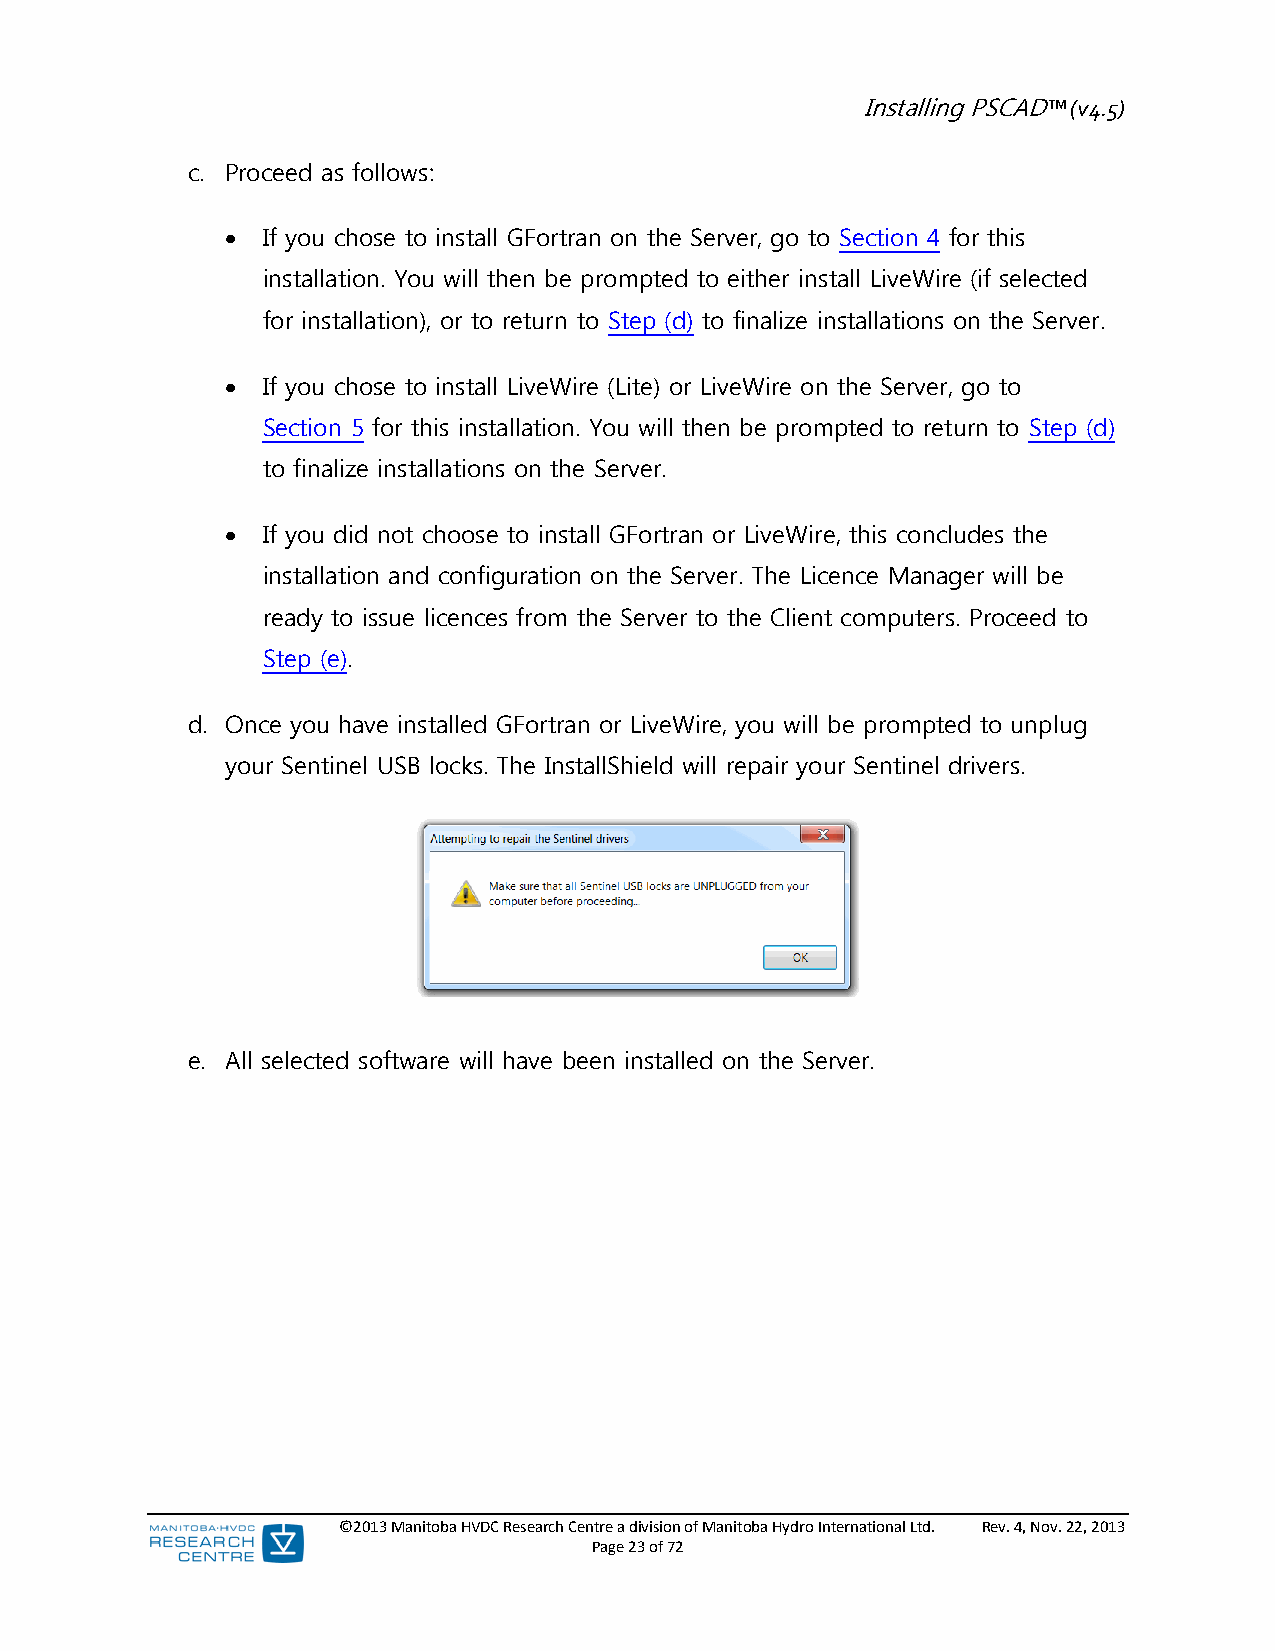
Installing PSCAD™ (v4.5)
 c. Proceed as follows:
  If you chose to install GFortran on the Server, go to Section 4 for this
 installation. You will then be prompted to either install LiveWire (if selected
 for installation), or to return to Step (d) to finalize installations on the Server.
  If you chose to install LiveWire (Lite) or LiveWire on the Server, go to
 Section 5 for this installation. You will then be prompted to return to Step (d)
 to finalize installations on the Server.
  If you did not choose to install GFortran or LiveWire, this concludes the
 installation and configuration on the Server. The Licence Manager will be
 ready to issue licences from the Server to the Client computers. Proceed to
 Step (e).
 d. Once you have installed GFortran or LiveWire, you will be prompted to unplug
 your Sentinel USB locks. The InstallShield will repair your Sentinel drivers.
 e. All selected software will have been installed on the Server.
 ©2013 Manitoba HVDC Research Centre a division of Manitoba Hydro International Ltd. Rev. 4, Nov. 22, 2013
 Page 23 of 72